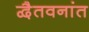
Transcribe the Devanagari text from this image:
द्वैतवनांत